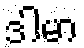
ဒါမာ